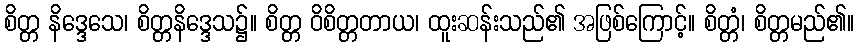
စိတ္တ နိဒ္ဒေသေ၊ စိတ္တနိဒ္ဒေသ၌။ စိတ္တ ဝိစိတ္တတာယ၊ ထူးဆန်းသည်၏ အဖြစ်ကြောင့်။ စိတ္တံ၊ စိတ္တမည်၏။